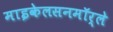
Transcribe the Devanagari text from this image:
माइकेलसनमॉर्ले